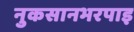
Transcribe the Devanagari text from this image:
नुकसानभरपाइ